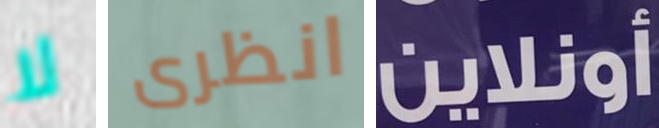
لا انظرى أونلاين